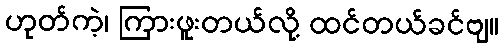
ဟုတ်ကဲ့၊ ကြားဖူးတယ်လို့ ထင်တယ်ခင်ဗျ။